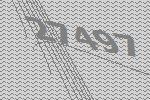
27497